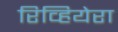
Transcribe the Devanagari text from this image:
रिव्हियेरा